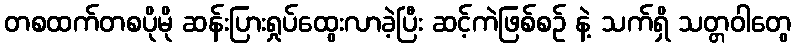
တစထက်တစပိုမို ဆန်းပြားရှုပ်ထွေးလာခဲ့ပြီး ဆင့်ကဲဖြစ်စဉ် နဲ့ သက်ရှိ သတ္တဝါတွေ